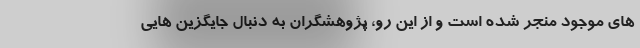
های موجود منجر شده است و از این رو، پژوهشگران به دنبال جایگزین هایی